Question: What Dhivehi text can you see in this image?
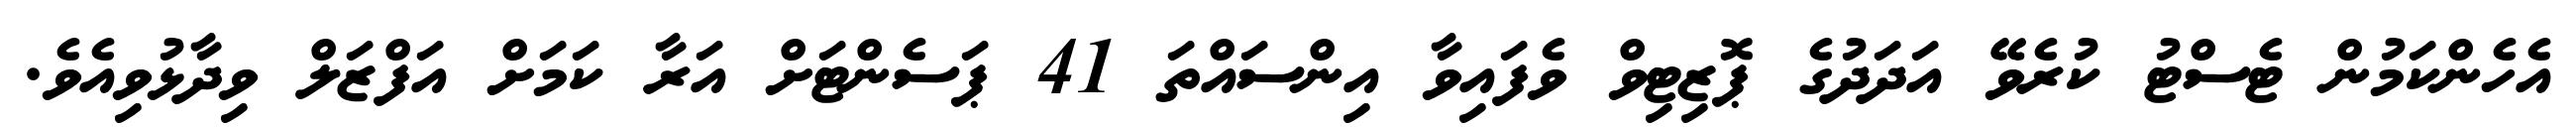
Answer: އެހެންކަމުން ޓެސްޓު ކުރެވޭ އަދަދުގެ ޕޮޒިޓިވް ވެފައިވާ އިންސައްތަ 41 ޕަސެންޓަށް އަރާ ކަމަށް އަފްޒަލް ވިދާޅުވިއެވެ.